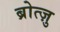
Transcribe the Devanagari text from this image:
ब्रोत्ज़ु